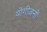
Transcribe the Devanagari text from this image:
योगीजनों